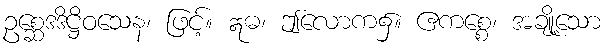
ဥစ္ဆေဒဒိဋ္ဌိဝသေန၊ ဖြင့်။ ဣဓ၊ ဤလောက၌။ ဧကစ္စေ၊ အချို့သော